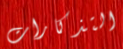
التذكارات